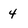
Character: 4